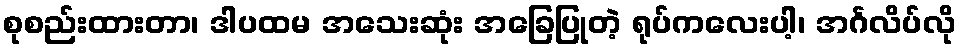
စုစည်းထားတာ၊ ဒါပထမ အသေးဆုံး အခြေပြုတဲ့ ရုပ်ကလေးပါ့၊ အင်္ဂလိပ်လို